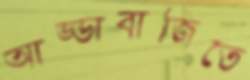
আড্ডাবাজিতে